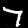
Label: 7